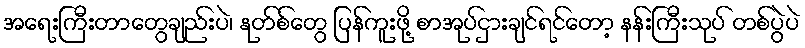
အရေးကြီးတာတွေချည်းပဲ၊ နုတ်စ်တွေ ပြန်ကူးဖို့ စာအုပ်ငှားချင်ရင်တော့ နန်းကြီးသုပ် တစ်ပွဲပဲ